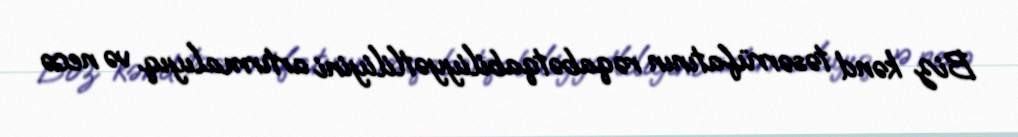
Biz kənd təsərrüfatının rəqabətqabiliyyətliliyini artırmalıyıq və necə